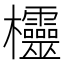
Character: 欞